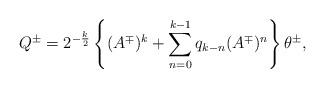
LaTeX: \begin{align*} Q^\pm=2^{-\frac k2}\left\{(A^\mp)^k+\sum_{n=0}^{k- 1} q_{k-n}(A^\mp)^n\right\}\theta^\pm,\end{align*}